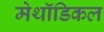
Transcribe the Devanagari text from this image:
मेथॉडिकल